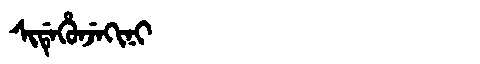
Manchu: ᠰᡳᡩᡝᡥᡠᠨᠵᡝᡴᡳᠨᡳ
Romanization: SIDEHUNJEKINI